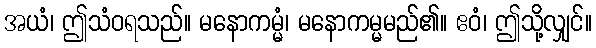
အယံ၊ ဤသံဝရသည်။ မနောကမ္မံ၊ မနောကမ္မမည်၏။ ဧဝံ၊ ဤသို့လျှင်။